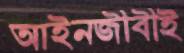
আইনজীবীই